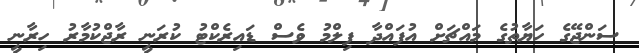
ސަންޖޭގެ ހަޔާތުގެ މައްޗަށް އުފައްދާ ފިލްމު ވެސް ޑައިރެކްޓު ކުރަނީ ރާޖްކުމާރު ހިރާނީ